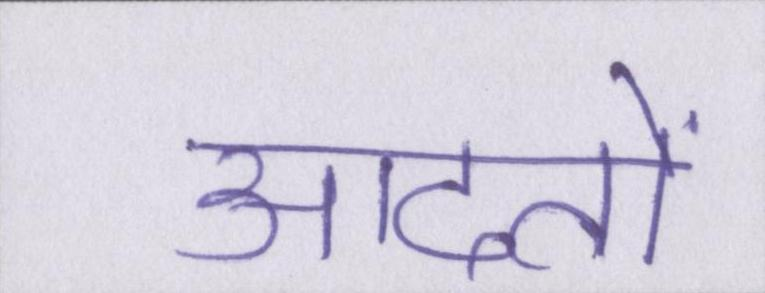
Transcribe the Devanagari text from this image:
आदतों